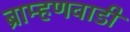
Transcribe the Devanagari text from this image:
ब्राम्हणवाडी